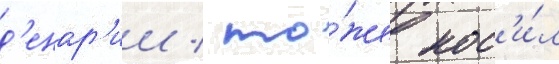
д'енар'ии / то́же нос'и́л